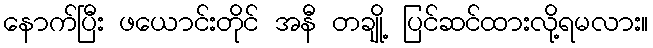
နောက်ပြီး ဖယောင်းတိုင် အနီ တချို့ ပြင်ဆင်ထားလို့ရမလား။